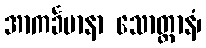
အာကင်္ခမာနာ သောတ္ထာနံ၊